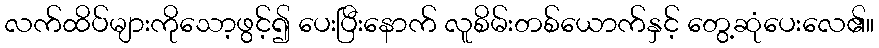
လက်ထိပ်များကိုသော့ဖွင့်၍ ပေးပြီးနောက် လူစိမ်းတစ်ယောက်နှင့် တွေ့ဆုံပေးလေ၏။